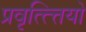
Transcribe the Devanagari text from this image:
प्रवृत्त्त्तियो